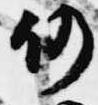
仍